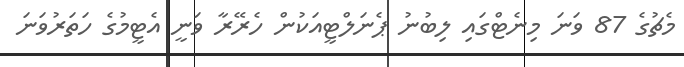
މެޗުގެ 87 ވަނަ މިނެޓްގައި ލިބުނު ޕެނަލްޓީއަކުން ހެރޭރާ ވަނީ އެޓީމުގެ ހަތަރުވަނަ